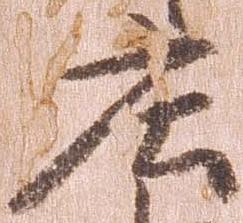
庄